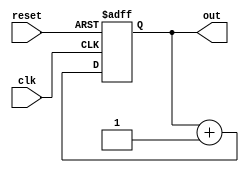
module counter(
    input clk,
    output reg [24:0] out,
    input reset
);

always @(posedge clk or posedge reset) begin
    if (reset) begin
        out <= 0;
    end else begin
        out <= out + 1;
    end
end

endmodule